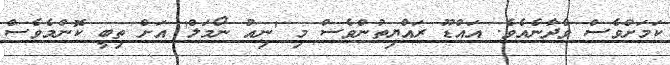
ކަމަށްވެސް ވެދާނެއެވެ. އައްޑޫ ރައްޔިތުންވެސް މި 'ނިއު ނޯމަލް' އަށް ތިބީ ކޮންމެވެސް